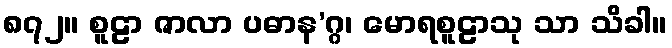
၈၇၂။ စူဠာ ဇာလာ ပဓာန’ဂ္ဂ၊ မောရစူဠာသု သာ သိခါ။